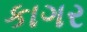
કાગર